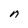
Character: n